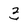
Character: 3